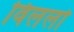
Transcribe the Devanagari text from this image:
विललो